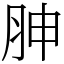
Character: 胂